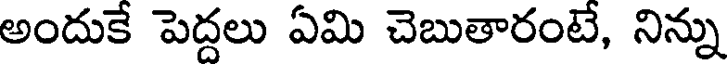
అందుకే పెద్దలు ఏమి చెబుతారంటే, నిన్ను